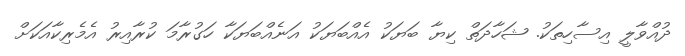
ދުއްވާލީ އިސާހިތަކު. ޝަހާދަތް ކިޔާ ބަޔަކު އެއްބަޔަކު އަނެއްބަޔަކާ ހަގުރާމަ ކުރާއިރު އެމެރިކާއަކަށް